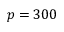
p = 3 0 0